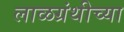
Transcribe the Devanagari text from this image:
लाळग्रंथीच्या